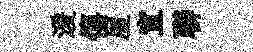
湲僖屋宣聯